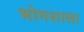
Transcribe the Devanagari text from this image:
भोगशाला